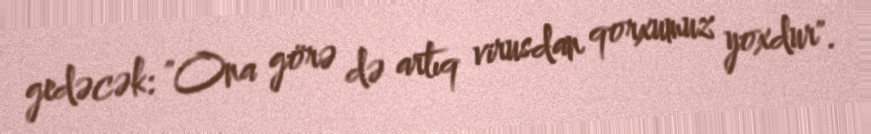
gedəcək: "Ona görə də artıq virusdan qorxumuz yoxdur".